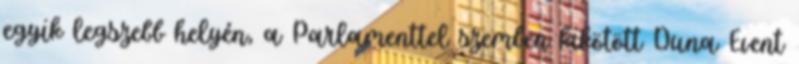
egyik legszebb helyén, a Parlamenttel szemben kikötött Duna Event